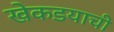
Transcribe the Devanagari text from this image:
खेकडयाची